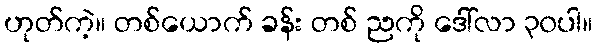
ဟုတ်ကဲ့။ တစ်ယောက် ခန်း တစ် ညကို ဒေါ်လာ ၃၀ပါ။